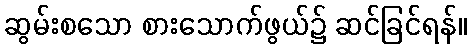
ဆွမ်းစသော စားသောက်ဖွယ်၌ ဆင်ခြင်ရန်။